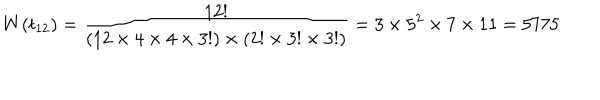
LaTeX: W ( t _ { 1 2 } ) = \frac { 1 2 ! } { ( 1 2 \times 4 \times 4 \times 3 ! ) \times ( 2 ! \times 3 ! \times 3 ! ) } = 3 \times 5 ^ { 2 } \times 7 \times 1 1 = 5 7 7 5